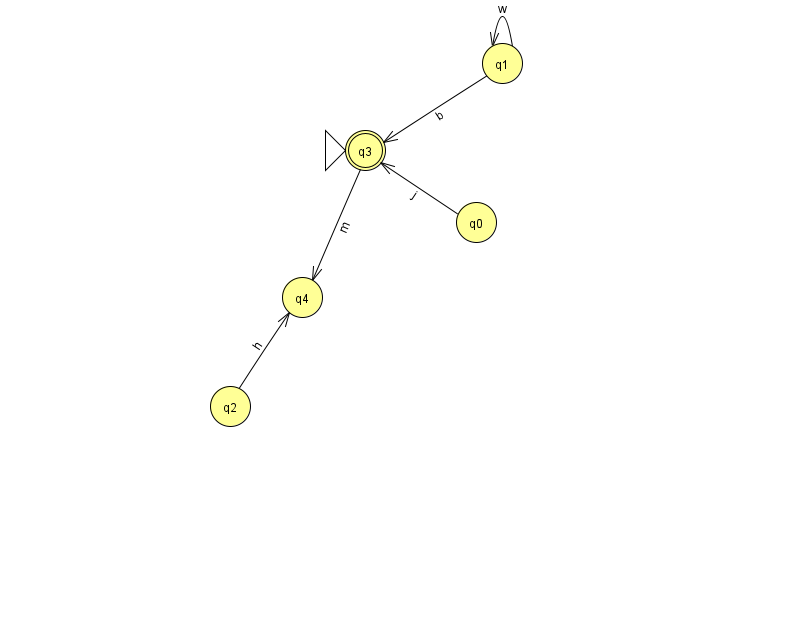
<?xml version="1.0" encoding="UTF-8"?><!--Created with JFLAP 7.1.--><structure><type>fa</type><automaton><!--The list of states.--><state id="0" name="q0"><x>476.0</x><y>209.0</y></state><state id="1" name="q1"><x>502.0</x><y>50.0</y></state><state id="2" name="q2"><x>230.0</x><y>393.0</y></state><state id="3" name="q3"><x>365.0</x><y>137.0</y><initial/><final/></state><state id="4" name="q4"><x>302.0</x><y>284.0</y></state><!--The list of transitions.--><transition><from>1</from><to>3</to><read>b</read></transition><transition><from>1</from><to>1</to><read>w</read></transition><transition><from>0</from><to>3</to><read>j</read></transition><transition><from>3</from><to>4</to><read>m</read></transition><transition><from>2</from><to>4</to><read>h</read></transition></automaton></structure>